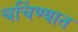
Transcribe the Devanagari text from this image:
चर्चिण्यात